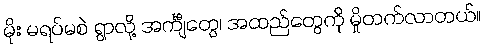
မိုး မရပ်မစဲ ရွာလို့ အင်္ကျီတွေ၊ အထည်တွေကို မှိုတက်လာတယ်။